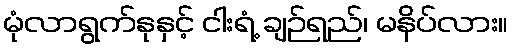
မုံလာရွက်နုနှင့် ငါးရံ့ ချဉ်ရည်၊ မနိပ်လား။